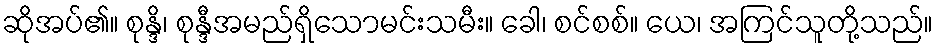
ဆိုအပ်၏။ စုန္ဒိ၊ စုန္ဒီအမည်ရှိသောမင်းသမီး။ ခေါ၊ စင်စစ်။ ယေ၊ အကြင်သူတို့သည်။